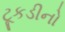
ટૂકડીનો